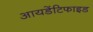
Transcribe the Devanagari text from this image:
आयडेंटिफाइड